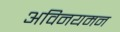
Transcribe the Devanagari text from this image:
अविनयमन